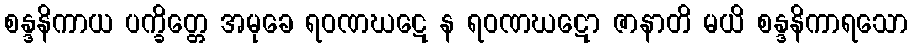
စန္ဒနိကာယ ပက္ခိတ္တေ အမုခေ ရဝဏဃဋေ န ရဝဏဃဋော ဇာနာတိ မယိ စန္ဒနိကာရသော